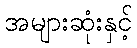
အများဆုံးနှင့်